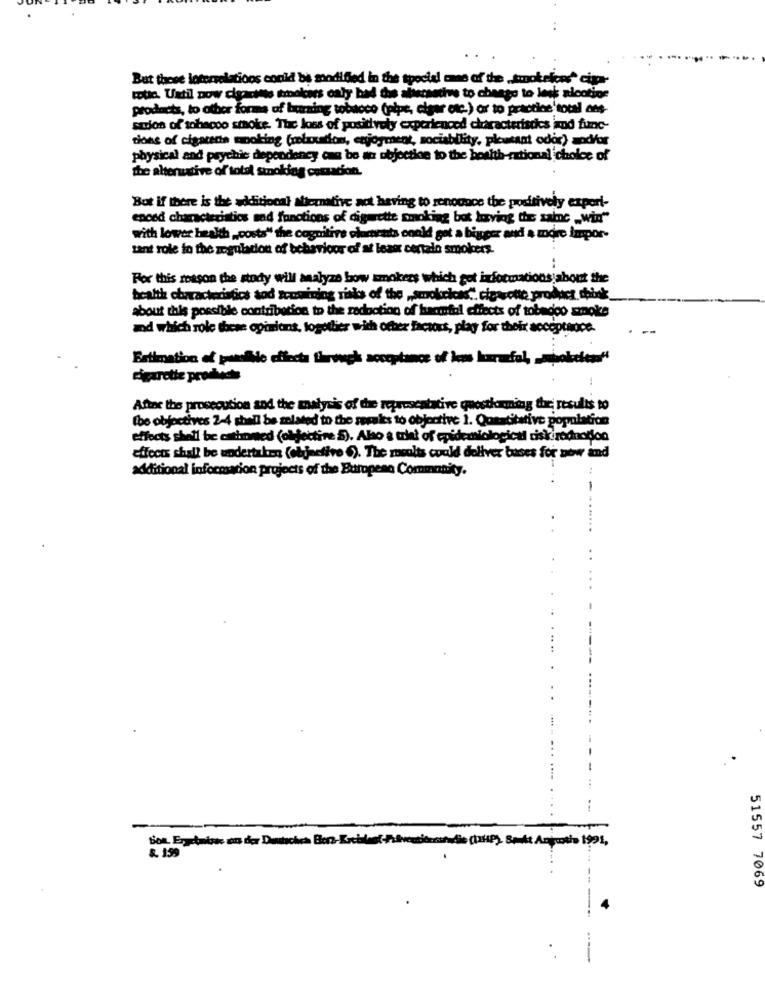
But these lotorrelations could be modified in the special case of the „ smokeicec" cipa-
totio. Until now cigarillo smokers caly bad dos alternatives to change to lesk alootine
products, to other forms of buring tobacco (pipe, cigar etc.) or to practice'total ons-
sarios of tobacco smoke. The loss of positively experienced characteristics and func-
dons of cigarette moking (mluxation, enjoyment, sociability, pleasant odor) zodfor
physical and psychic dependency can be an objectine to the bosith-rational choice of
the alternative of total smoking comzacion.
Bot if there is the additional alternative act having to renounce the positively export-
enced characteristics and functions of cigarette smoking bot korving the saine _win"
with lower health ,, costs" the cognitive olurrats onold get a bigger and a more impor-
tant role to the zogulation of behavicor of at least certalo smokers.
:
For this reason the story will analyze bow smokers which got informations about the
health characteristics tod zecuining risks of the „,smokekas"" cigarette product think
about this possible contribution to the reduction of haantal effects of tobedeo smoke
and which role these opinions, togotlier with other factors, play for their acceptance.
Estimation of puesSide effecta thurwgh acceptance of lens lurarfol, - mjokeless"
cigarette products
Attac the prosecution and the matysis of the representative questioning the results to
(be objectives 2-4 shall be zalated to the serales to objective 1. Quantitative population
effects shall be cathomed (objective 5). Also & that of epidemiological disicredaction
effects shall be undertaken (objective 6). The mocolts could deliver bases for now ind
additional information projects of the Buropena Community.
8. 159
51557 7069